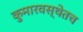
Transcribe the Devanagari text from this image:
कुमारवस्थेतच